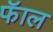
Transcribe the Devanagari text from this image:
फॅाल